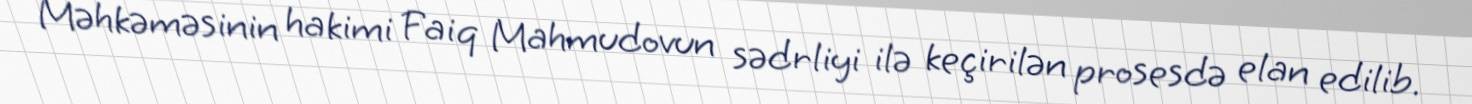
Məhkəməsinin hakimi Faiq Mahmudovun sədrliyi ilə keçirilən prosesdə elan edilib.